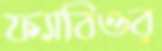
ফ্যাবিওর